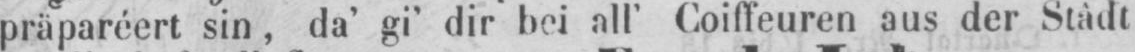
präparéert sin, da’ gi’ dir bei all’ Coiffeuren aus der Stâdt